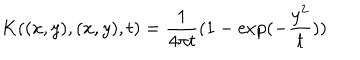
K ( ( x , y ) , ( x , y ) , t ) = { \frac { 1 } { 4 \pi t } } ( 1 - \exp ( - { \frac { y ^ { 2 } } { t } } ) )